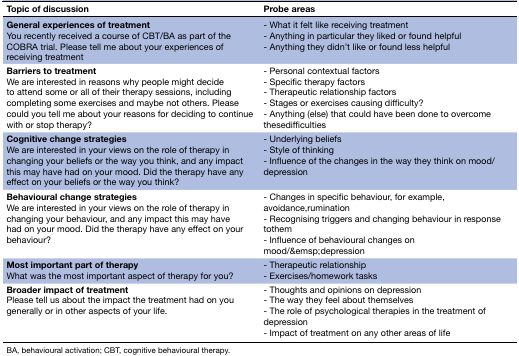
<table><thead><tr><td><b>Topic of discussion</b></td><td><b>Probe areas</b></td></tr></thead><tbody><tr><td><b>General experiences of treatment</b>You recently received a course of CBT/BA as part of the COBRA trial. Please tell me about your experiences of receiving treatment</td><td>- What it felt like receiving treatment - Anything in particular they liked or found helpful - Anything they didn’t like or found less helpful</td></tr><tr><td><b>Barriers to treatment</b>We are interested in reasons why people might decide to attend some or all of their therapy sessions, including completing some exercises and maybe not others. Please could you tell me about your reasons for deciding to continue with or stop therapy?</td><td>- Personal contextual factors - Specific therapy factors - Therapeutic relationship factors - Stages or exercises causing difficulty? - Anything (else) that could have been done to overcome thesedifficulties</td></tr><tr><td><b>Cognitive change strategies</b>We are interested in your views on the role of therapy in changing your beliefs or the way you think, and any impact this may have had on your mood. Did the therapy have any effect on your beliefs or the way you think?</td><td>- Underlying beliefs - Style of thinking - Influence of the changes in the way they think on mood/depression</td></tr><tr><td><b>Behavioural change strategies</b>We are interested in your views on the role of therapy in changing your behaviour, and any impact this may have had on your mood. Did the therapy have any effect on your behaviour?</td><td>- Changes in specific behaviour, for example, avoidance,rumination - Recognising triggers and changing behaviour in response tothem - Influence of behavioural changes on mood/&amp;emsp;depression</td></tr><tr><td><b>Most important part of therapy</b>What was the most important aspect of therapy for you?</td><td>- Therapeutic relationship - Exercises/homework tasks</td></tr><tr><td><b>Broader impact of treatment</b>Please tell us about the impact the treatment had on you generally or in other aspects of your life.</td><td>- Thoughts and opinions on depression - The way they feel about themselves - The role of psychological therapies in the treatment of depression - Impact of treatment on any other areas of life</td></tr></tbody></table>